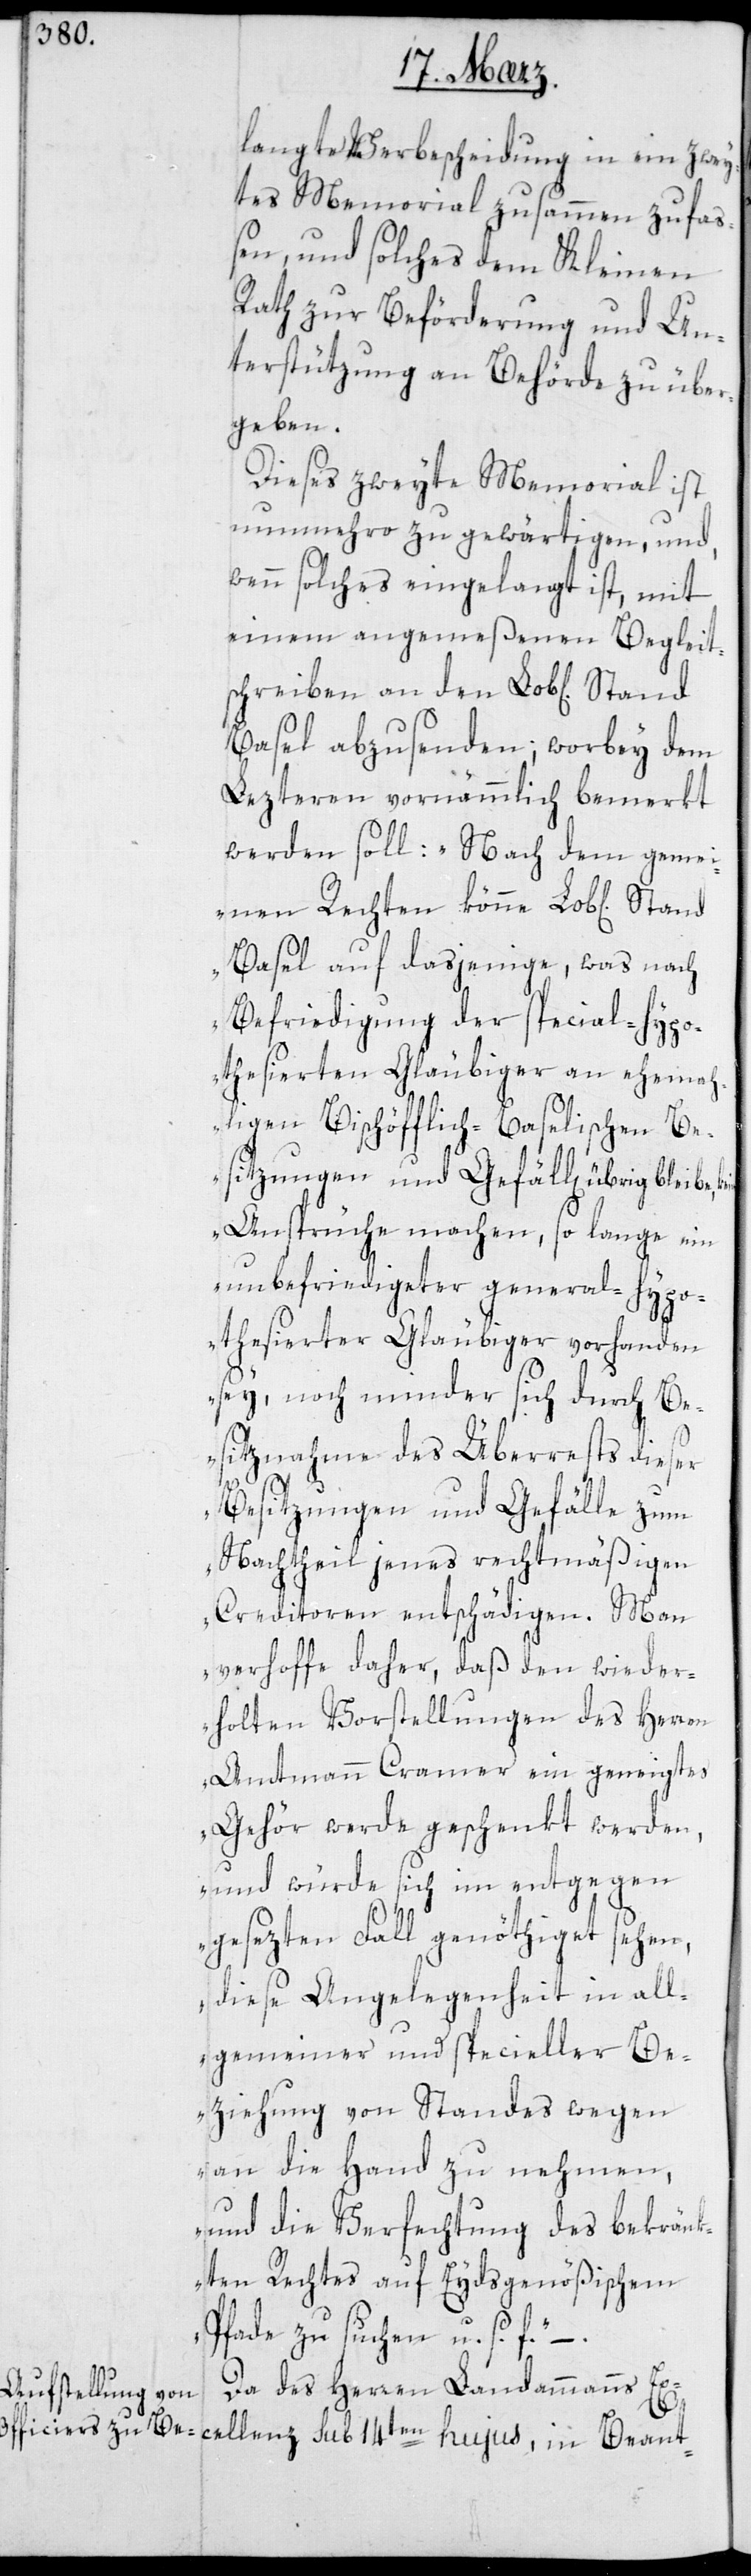
langte Verbescheidung in ein zwey¬
tes Memorial zusammen zufa¬
ßen, und solches dem Kleinen
Rath zur Beförderung und Un¬
terstützung an Behörde zu über¬
cellenz
Dieses zweyte Memorial ist
nunmehro zu gewärtigen, und,
wenn solches eingelangt ist, mit
einem angemeßenen Begleit¬
schreiben an den Lob[lichen]
Basel abzusenden; wobey dem
Lezteren vornämmlich bemerkt
werden soll: „Nach dem gemei¬
nen Rechten könne Lob[licher]
Basel auf dasjenige, was nach
Befriedigung der special-hypo¬
thesierten Gläubiger an ehema¬
ligen Bischöfflich-Baselischen Be¬
sitzungen und Gefällen, übrig bleibe,
Ansprüche machen, so lange ein
unbefriedigter general-hypo¬
thesierter Gläubiger vorhanden
sey, noch minder sich durch Be¬
sitznahme des Überrests dieser
Besitzungen und Gefälle zum
Nachtheil jenes rechtmäßigen
Creditoren entschädigen. Man
verhoffe daher, daß den wieder¬
holten Vorstellungen des Herren
Amtmann Cramer ein geneigtes
Gehör werde geschenkt werden,
und würde sich im entgegen
gesezten Fall genöthiget sehen,
diese Angelegenheit in all¬
gemeiner und specieller Be¬
ziehung von Standes wegen
an die Hand zu nehmen,
und die Verfechtung des bekränk¬
ten Rechtes auf Eydsgenößischem
Pfade zu suchen u. s. f.“ –
Da des Herren Landammanns Ex¬